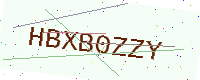
Text: HBXB0ZZY